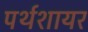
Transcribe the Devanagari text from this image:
पर्थशायर